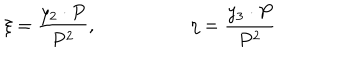
\xi = { \frac { y _ { 2 } \cdot P } { P ^ { 2 } } } , \qquad \qquad \quad \eta = { \frac { y _ { 3 } \cdot P } { P ^ { 2 } } }